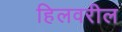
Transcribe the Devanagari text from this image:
हिलवरील